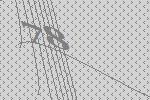
78